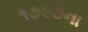
૧૭૯૭ના